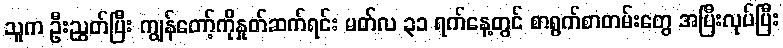
သူက ဦးညွှတ်ပြီး ကျွန်တော့်ကိုနှုတ်ဆက်ရင်း မတ်လ ၃၁ ရက်နေ့တွင် စာရွက်စာတမ်းတွေ အပြီးလုပ်ပြီး